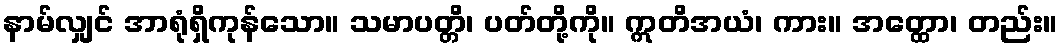
နာမ်လျှင် အာရုံရှိကုန်သော။ သမာပတ္တိ၊ ပတ်တို့ကို။ ဣတိအယံ၊ ကား။ အတ္ထော၊ တည်း။